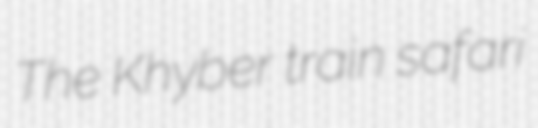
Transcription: The Khyber train safari